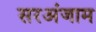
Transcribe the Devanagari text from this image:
सरअंजाम